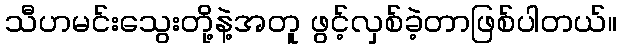
သီဟမင်းသွေးတို့နဲ့အတူ ဖွင့်လှစ်ခဲ့တာဖြစ်ပါတယ်။